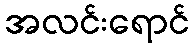
အလင်းရောင်